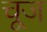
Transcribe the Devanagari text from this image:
चूज